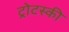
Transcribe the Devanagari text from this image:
ट्रोटस्की